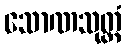
သောဏသုတ္တံ